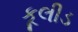
કૂલીડ